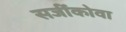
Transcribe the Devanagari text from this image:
सजींकोवा